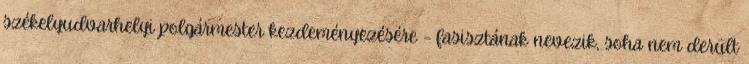
székelyudvarhelyi polgármester kezdeményezésére – fasisztának nevezik, soha nem derült